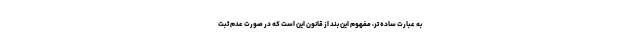
به عبارت ساده تر، مفهوم این بند از قانون این است که در صورت عدم ثبت